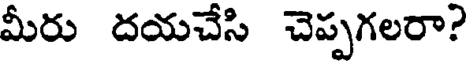
మీరు దయచేసి చెప్పగలరా?